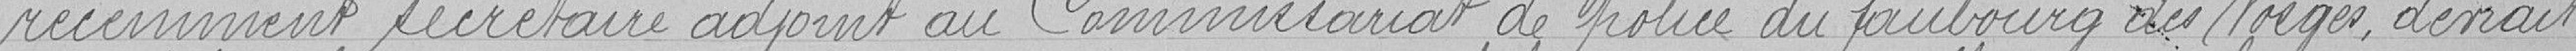
récemment secrétaire adjoint au Commissariat de police du faubourg des Vosges devrait